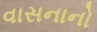
વાસનાનો